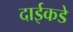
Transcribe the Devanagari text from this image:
दाईकडे